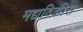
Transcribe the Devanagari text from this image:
मद्यविक्रीस